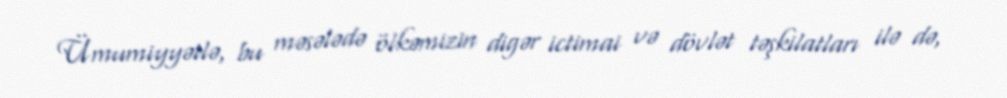
Ümumiyyətlə, bu məsələdə ölkəmizin digər ictimai və dövlət təşkilatları ilə də,